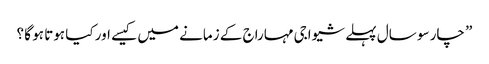
” چار سو سال پہلے شیواجی مہاراج کے زمانے میں کیسے اور کیا ہوتا ہو گا ؟